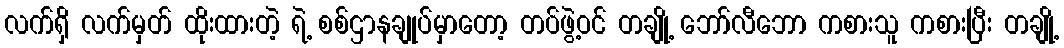
လက်ရှိ လက်မှတ် ထိုးထားတဲ့ ရဲ့ စစ်ဌာနချုပ်မှာတော့ တပ်ဖွဲ့ဝင် တချို့ ဘော်လီဘော ကစားသူ ကစားပြီး တချို့